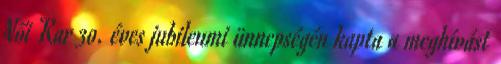
Női Kar 30. éves jubileumi ünnepségén kapta a meghívást